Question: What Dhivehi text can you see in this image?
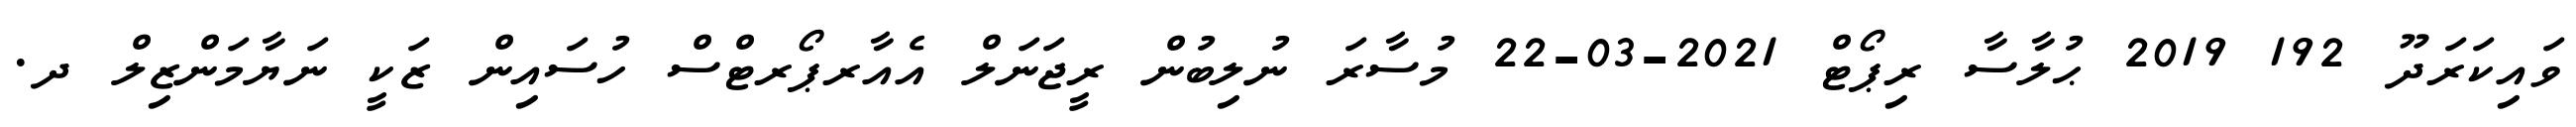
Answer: ވައިކަރަދޫ 192 2019 ޙުލާސާ ރިޕޯޓް 2021-03-22 މުސާރަ ނުލިބުން ރީޖަނަލް އެއާރޕޯރޓްސް ހުސައިން ޒަކީ ނަޔާމަންޒިލް ދ.